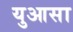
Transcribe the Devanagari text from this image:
युआसा